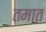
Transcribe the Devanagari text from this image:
तमात